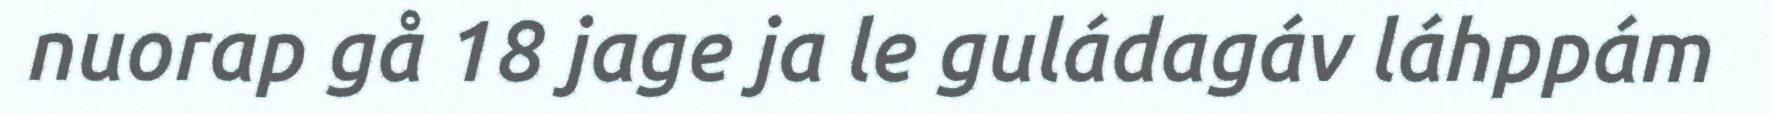
nuorap gå 18 jage ja le guládagáv láhppám